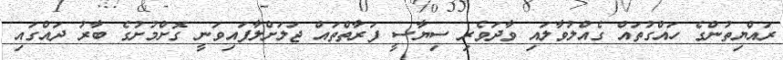
ރައްޔިތުންގެ ހައްގުތައް ގެއްލުވާލައި ވާދަވެރި ސިޔާސީ ފަރާތްތައް ޖަލަށްލާފައިވަނީ ގޮށްމުށުގެ ބާރު ދައްގައި